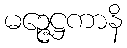
မဉ္ဇေဋ္ဌကာနိ